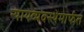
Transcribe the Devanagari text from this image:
न्यायव्यवस्थेमार्फत